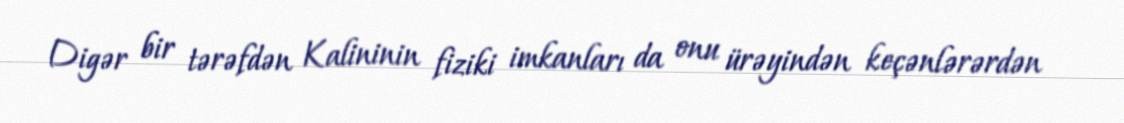
Digər bir tərəfdən Kalininin fiziki imkanları da onu ürəyindən keçənlərərdən